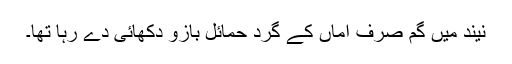
نیند میں گم صرف اماں کے گرد حمائل بازو دکھائی دے رہا تھا۔